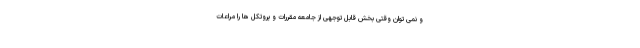
و نمی توان وقتی بخش قابل توجهی از جامعه مقررات و پروتکل ها را مراعات